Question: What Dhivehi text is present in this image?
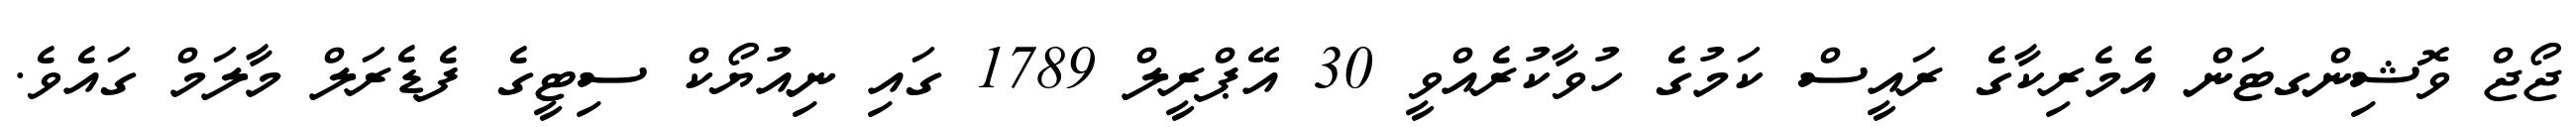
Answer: ޖޯޖް ވޮޝިންގޓަން އެމެރިކާގެ ރައީސް ކަމުގެ ހުވާކުރެއްވީ 30 އޭޕްރީލް 1789 ގައި ނިއުޔޯކް ސިޓީގެ ފެޑެރަލް މާލަމް ގައެވެ.